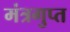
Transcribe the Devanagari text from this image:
मंत्रगुप्त